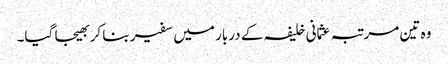
وہ تین مرتبہ عثمانی خلیفہ کے دربار میں سفیر بنا کر بھیجا گیا۔